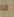
انا